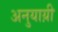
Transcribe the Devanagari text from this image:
अनुयाय़ी